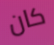
كان